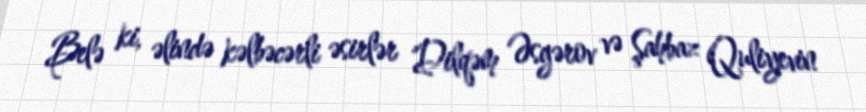
Belə ki, əlində kəlbəcərli əsirlər Dilqəm Əsgərov və Şahbaz Quliyevin